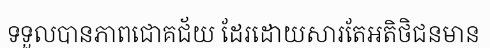
ទទួលបានភាពជោគជ័យ ដែរដោយសារតែអតិថិជនមាន